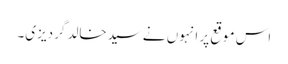
اس موقع پر انہوں نےسیدخالد گردیزی۔